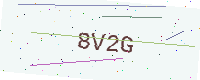
Text: 8V2G